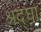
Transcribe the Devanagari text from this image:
श्रद्घा